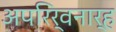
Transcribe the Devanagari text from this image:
अपरिर्वनार्ह